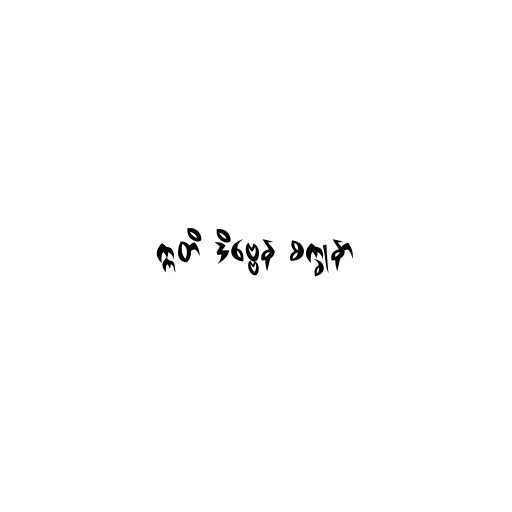
ဣတိ ဒိဗ္ဗေန စက္ခုနာ